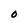
Character: 0